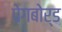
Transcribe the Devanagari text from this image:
पेगबोर्ड